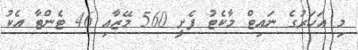
މި އަހަރުގެ ނައިޓް މާކެޓު ފެށީ 560 މޭޒާއި 46 ޓެންޓާ އެކު